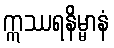
ဣဿရနိမ္မာနံ